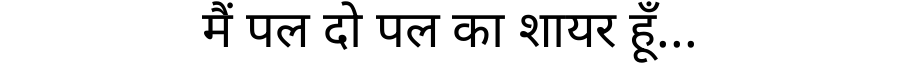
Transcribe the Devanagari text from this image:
मैं पल दो पल का शायर हूँ...